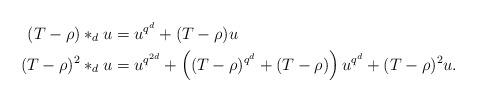
LaTeX: \begin{align*}(T-\rho)*_d u &= u^{q^d}+(T-\rho) u \\(T-\rho)^2*_du & = u^{q^{2d}}+ \left( (T-\rho)^{q^d}+(T-\rho)\right)u^{q^d}+(T-\rho)^2 u.\end{align*}